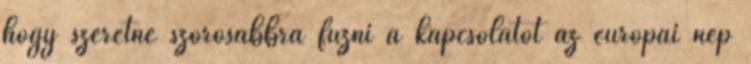
hogy szeretné szorosabbra fűzni a kapcsolatot az európai nép